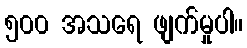
၅၀၀ အသရေ ဖျက်မှုပါ။